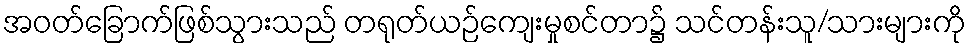
အဝတ်ခြောက်ဖြစ်သွားသည် တရုတ်ယဉ်ကျေးမှုစင်တာ၌ သင်တန်းသူ/သားများကို